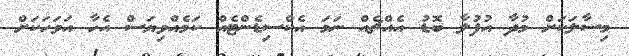
މިސާލަކަށް މުދާ އުފުލާ ބޮޑު އެއްޗެއް ނަމަ އެކްސިޑެންޓެއް ކަމެއްވިޔަސް އެހާ އަވަހަކަށް